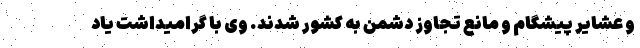
و عشایر پیشگام و مانع تجاوز دشمن به کشور شدند. وی با گرامیداشت یاد